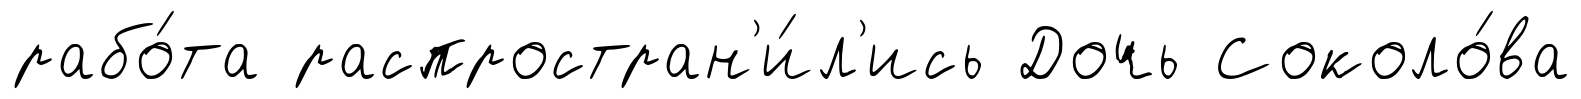
рабо́та распростран'и́л'ись Дочь Соколо́ва